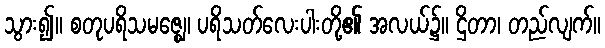
သွား၍။ စတုပရိသမဇ္ဈေ၊ ပရိသတ်လေးပါးတို့၏ အလယ်၌။ ဌိတာ၊ တည်လျက်။